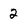
Character: 2